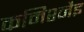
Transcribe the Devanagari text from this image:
कमिश्नैइ